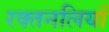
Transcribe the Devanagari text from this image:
रक्तनलियाँ